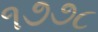
૧૭૭૮